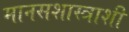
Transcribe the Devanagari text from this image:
मानसशास्त्राशी